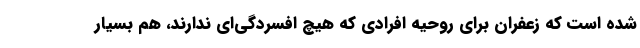
شده است که زعفران برای روحیه افرادی که هیچ افسردگی‌ای ندارند، هم بسیار